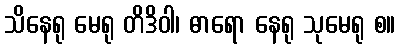
သိနေရု မေရု တိဒိဝါ၊ ဓာရော နေရု သုမေရု စ။